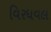
વિરધવલ